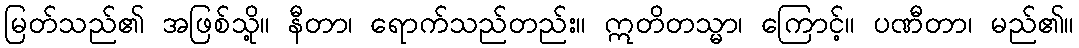
မြတ်သည်၏ အဖြစ်သို့။ နီတာ၊ ရောက်သည်တည်း။ ဣတိတသ္မာ၊ ကြောင့်။ ပဏီတာ၊ မည်၏။